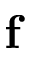
\mathbf { f }